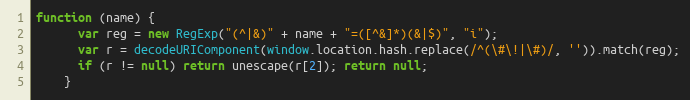
Language: JavaScript
function (name) {
      var reg = new RegExp("(^|&)" + name + "=([^&]*)(&|$)", "i");
      var r = decodeURIComponent(window.location.hash.replace(/^(\#\!|\#)/, '')).match(reg);
      if (r != null) return unescape(r[2]); return null;
    }